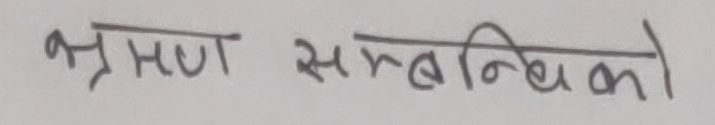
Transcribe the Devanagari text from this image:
भ्रमण सम्बन्धिको